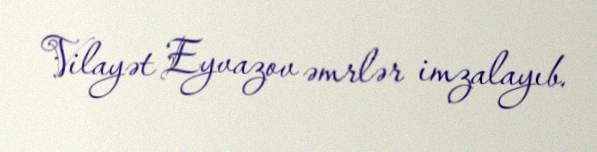
Vilayət Eyvazov əmrlər imzalayıb.